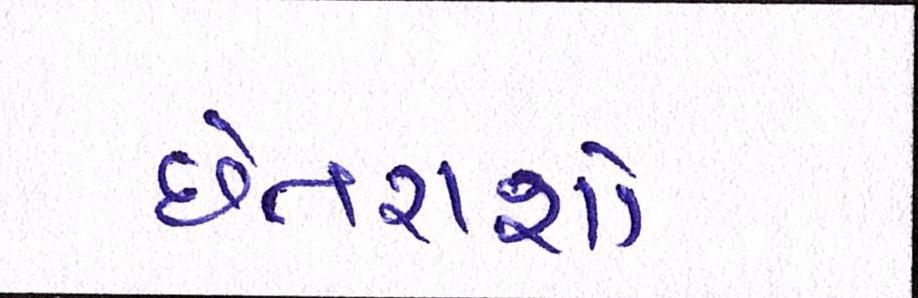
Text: છેતરાશો